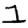
Digit: 1